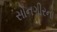
સોનગીરનો